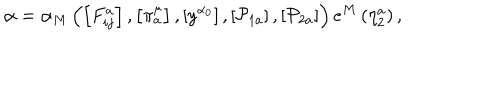
LaTeX: \alpha = \alpha _ { M } \left( \left[ F _ { i j } ^ { a } \right] , \left[ \pi _ { a } ^ { \mu } \right] , \left[ y ^ { \alpha _ { 0 } } \right] , \left[ \mathcal { P } _ { 1 a } \right] , \left[ \mathcal { P } _ { 2 a } \right] \right) e ^ { M } \left( \eta _ { 2 } ^ { a } \right) ,